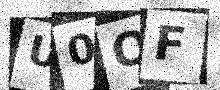
Text: U0OF